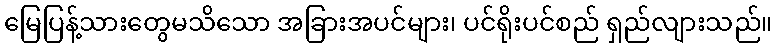
မြေပြန့်သားတွေမသိသော အခြားအပင်များ၊ ပင်ရိုးပင်စည် ရှည်လျားသည်။